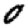
Digit: 0